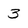
Character: 3